Annual administration report of the Civil Veterinary Department of India - 1898-1899
Year: 1898
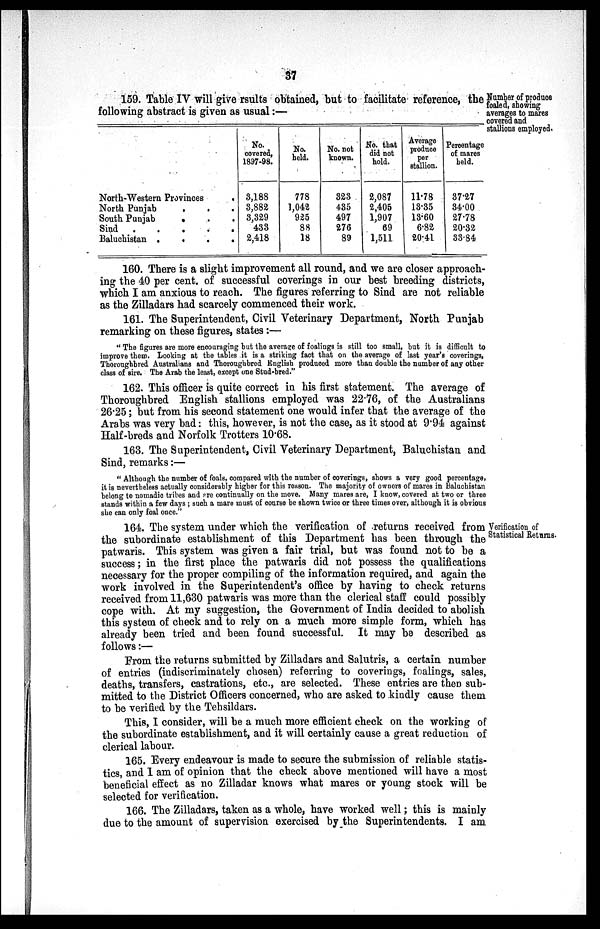
37
Number of produce
foaled, showing
averages to mares
covered and
stallions employed.
159. Table IV will give results obtained, but to facilitate reference, the
following abstract is given as usual:—
North-Western Provinces
.
North Punjab
.
.
.
South Punjab
.
.
.
Sind
.
.
.
.
.
Baluchistan .
.
.
.
No.
covered,
1897-98.
3,188
3,882
3,329
433
2,418
No.
held.
778
1,042
925
88
18
No. not
known.
323
435
497
276
89
No. that
did not
hold.
2,087
2,405
1,907
69
1,511
Average
produce
per
stallion.
11.78
13.35
13.60
6.82
20.41
Percentage
of mares
held.
37.27
34.00
27.78
20.32
33.84
160. There is a slight improvement all round, and we are closer approach-
ing the 40 per cent. of successful coverings in our best breeding districts,
which I am anxious to reach. The figures referring to Sind are not reliable
as the Zilladars had scarcely commenced their work.
161. The Superintendent, Civil Veterinary Department, North Punjab
remarking on these figures, states:—
"The figures are more encouraging but the average of foalings is still too small, but it is difficult to
improve them. Looking at the tables it is a striking fact that on the average of last year's coverings,
Thoroughbred Australians and Thoroughbred English produced more than double the number of any other
class of sire. The Arab the least, except one Stud-bred."
162. This officer is quite correct in his first statement. The average of
Thoroughbred English stallions employed was 22.76, of the Australians
26.25; but from his second statement one would infer that the average of the
Arabs was very bad: this, however, is not the case, as it stood at 9.94 against
Half-breds and Norfolk Trotters 10.68.
163. The Superintendent, Civil Veterinary Department, Baluchistan and
Sind, remarks:—
"Although the number of foals, compared with the number of coverings, shows a very good percentage,
it is nevertheless actually considerably higher for this reason. The majority of owners of mares in Baluchistan
belong to nomadic tribes and are continually on the move. Many mares are, I know, covered at two or three
stands within a few days; such a mare must of course be shown twice or three times over, although it is obvious
she can only foal once."
Verification of
Statistical Returns.
164. The system under which the verification of returns received from
the subordinate establishment of this Department has been through the
patwaris. This system was given a fair trial, but was found not to be a
success; in the first place the patwaris did not possess the qualifications
necessary for the proper compiling of the information required, and again the
work involved in the Superintendent's office by having to check returns
received from 11,630 patwaris was more than the clerical staff could possibly
cope with. At my suggestion, the Government of India decided to abolish
this system of check and to rely on a much more simple form, which has
already been tried and been found successful. It may be described as
follows:—
From the returns submitted by Zilladars and Salutris, a certain number
of entries (indiscriminately chosen) referring to coverings, foalings, sales,
deaths, transfers, castrations, etc., are selected. These entries are then sub-
mitted to the District Officers concerned, who are asked to kindly cause them
to be verified by the Tehsildars.
This, I consider, will be a much more efficient check on the working of
the subordinate establishment, and it will certainly cause a great reduction of
clerical labour.
165. Every endeavour is made to secure the submission of reliable statis-
tics, and I am of opinion that the check above mentioned will have a most
beneficial effect as no Zilladar knows what mares or young stock will be
selected for verification.
166. The Zilladars, taken as a whole, have worked well; this is mainly
due to the amount of supervision exercised by the Superintendents. I am